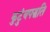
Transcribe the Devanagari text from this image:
कुटुंबपद्धति